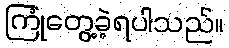
ကြုံတွေ့ခဲ့ရပါသည်။